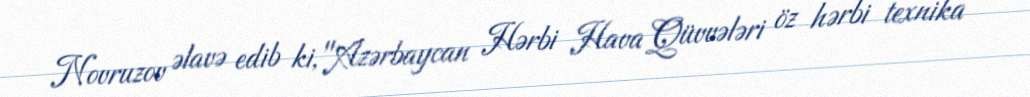
Novruzov əlavə edib ki, "Azərbaycan Hərbi Hava Qüvvələri öz hərbi texnika